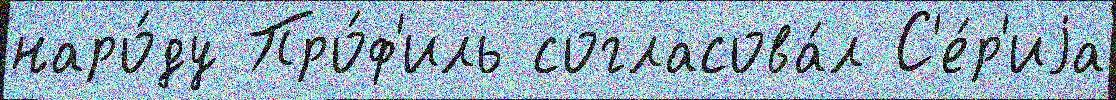
наро́ду Про́ф'иль согласова́л С'е́р'иjа